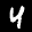
Label: 4